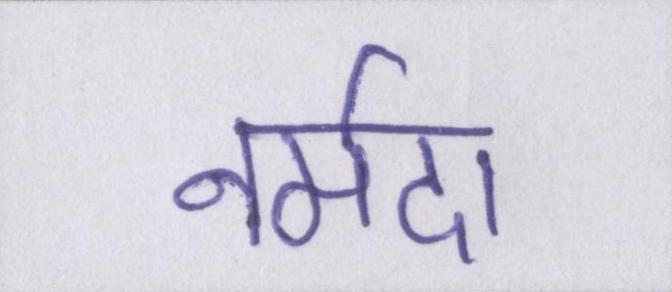
नर्मदा